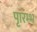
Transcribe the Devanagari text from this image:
पाृरम्भ